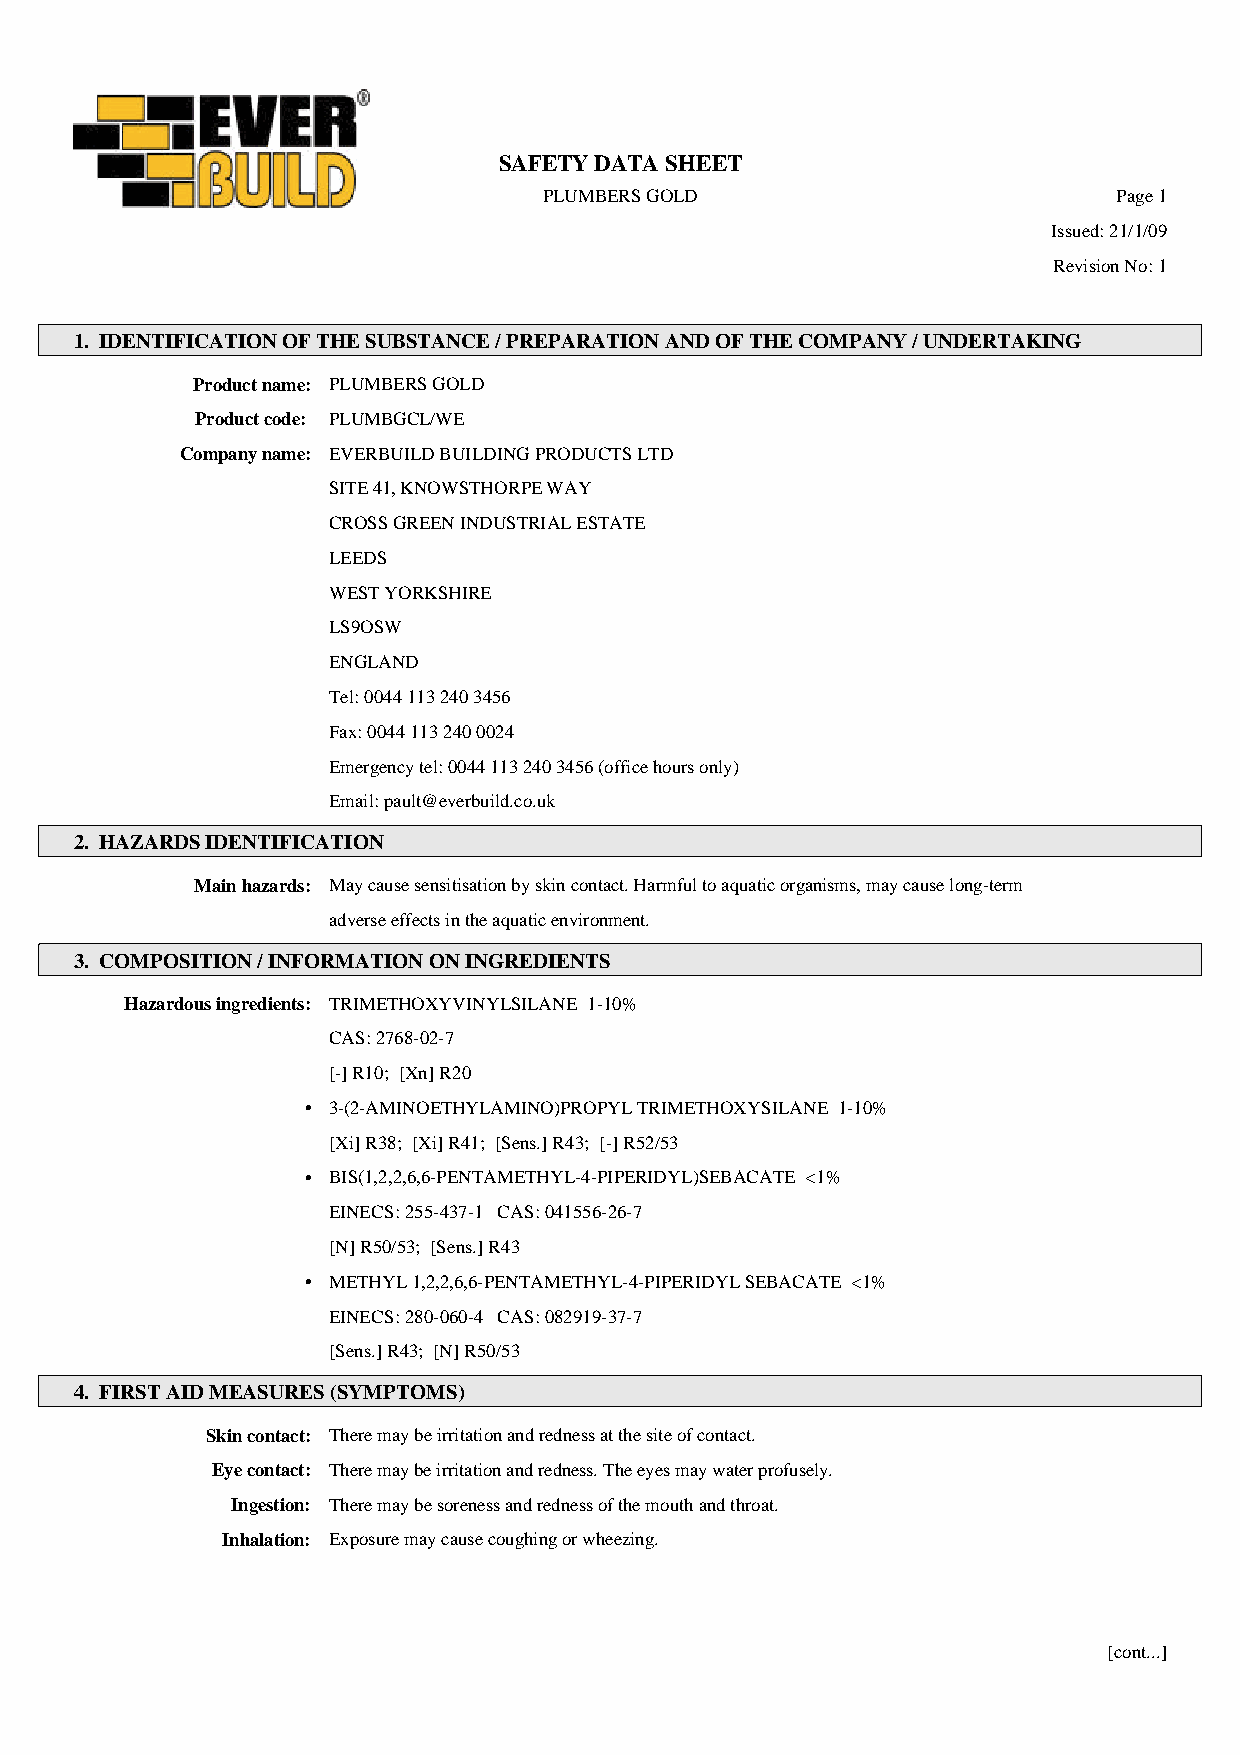
SAFETY DATA SHEET
 PLUMBERS GOLD                         Page 1
 Issued: 21/1/09
 Revision No: 1
 1. IDENTIFICATION OF THE SUBSTANCE / PREPARATION AND OF THE COMPANY / UNDERTAKING
 Product name: PLUMBERS GOLD
 Product code: PLUMBGCL/WE
 Company name: EVERBUILD BUILDING PRODUCTS LTD
 SITE 41, KNOWSTHORPE WAY
 CROSS GREEN INDUSTRIAL ESTATE
 LEEDS
 WEST YORKSHIRE
 LS9OSW
 ENGLAND
 Tel: 0044 113 240 3456
 Fax: 0044 113 240 0024
 Emergency tel: 0044 113 240 3456 (office hours only)
 Email: pault@everbuild.co.uk
 2. HAZARDS IDENTIFICATION
 Main hazards: May cause sensitisation by skin contact. Harmful to aquatic organisms, may cause long-term
 adverse effects in the aquatic environment.
 3. COMPOSITION / INFORMATION ON INGREDIENTS
 Hazardous ingredients: TRIMETHOXYVINYLSILANE 1-10%
 CAS: 2768-02-7
 [-] R10; [Xn] R20
 • 3-(2-AMINOETHYLAMINO)PROPYL TRIMETHOXYSILANE 1-10%
 [Xi] R38; [Xi] R41; [Sens.] R43; [-] R52/53
 • BIS(1,2,2,6,6-PENTAMETHYL-4-PIPERIDYL)SEBACATE <1%
 EINECS: 255-437-1 CAS: 041556-26-7
 [N] R50/53; [Sens.] R43
 • METHYL 1,2,2,6,6-PENTAMETHYL-4-PIPERIDYL SEBACATE <1%
 EINECS: 280-060-4 CAS: 082919-37-7
 [Sens.] R43; [N] R50/53
 4. FIRST AID MEASURES (SYMPTOMS)
 Skin contact: There may be irritation and redness at the site of contact.
 Eye contact: There may be irritation and redness. The eyes may water profusely.
 Ingestion: There may be soreness and redness of the mouth and throat.
 Inhalation: Exposure may cause coughing or wheezing.
 [cont...]